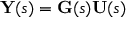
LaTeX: \mathbf { Y } ( s ) = \mathbf { G } ( s ) \mathbf { U } ( s )